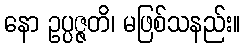
နော ဥပ္ပဇ္ဇတိ၊ မဖြစ်သနည်း။